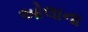
ઓલાના